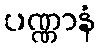
ပဏ္ဏာနံ